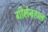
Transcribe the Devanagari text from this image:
गीलेनहाल